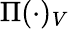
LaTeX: \Pi(\cdot)_{V}